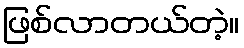
ဖြစ်လာတယ်တဲ့။